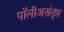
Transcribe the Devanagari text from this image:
पॉलीअसंतृप्त